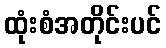
ထုံးစံအတိုင်းပင်